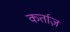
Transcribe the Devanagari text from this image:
कर्ताज़